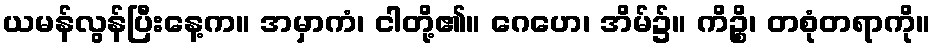
ယမန်လွန်ပြီးနေ့က။ အမှာကံ၊ ငါတို့၏။ ဂေဟေ၊ အိမ်၌။ ကိဉ္စိ၊ တစုံတရာကို။